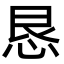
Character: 恳